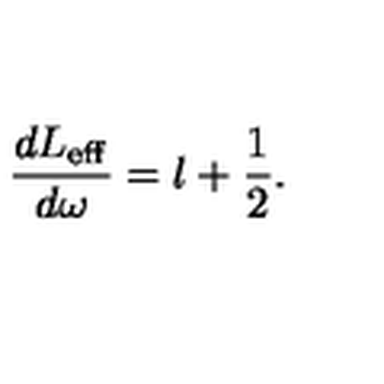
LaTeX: \frac { d L _ { \mathrm { e f f } } } { d \omega } = l + \frac { 1 } { 2 } .